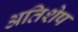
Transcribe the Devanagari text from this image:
अतिशेष